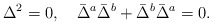
\begin{align*}\Delta^2=0,\quad\bar{\Delta}^a\bar{\Delta}^b+\bar{\Delta}^b\bar{\Delta}^a=0.\end{align*}